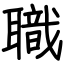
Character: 職